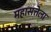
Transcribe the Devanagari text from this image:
महासत्तेला